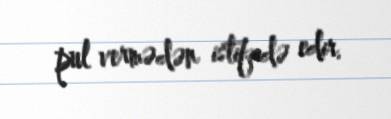
pul vermədən istifadə edir.